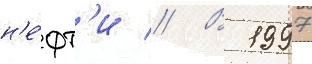
н'е́фт'и // В 1997